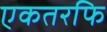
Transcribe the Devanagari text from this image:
एकतरफि